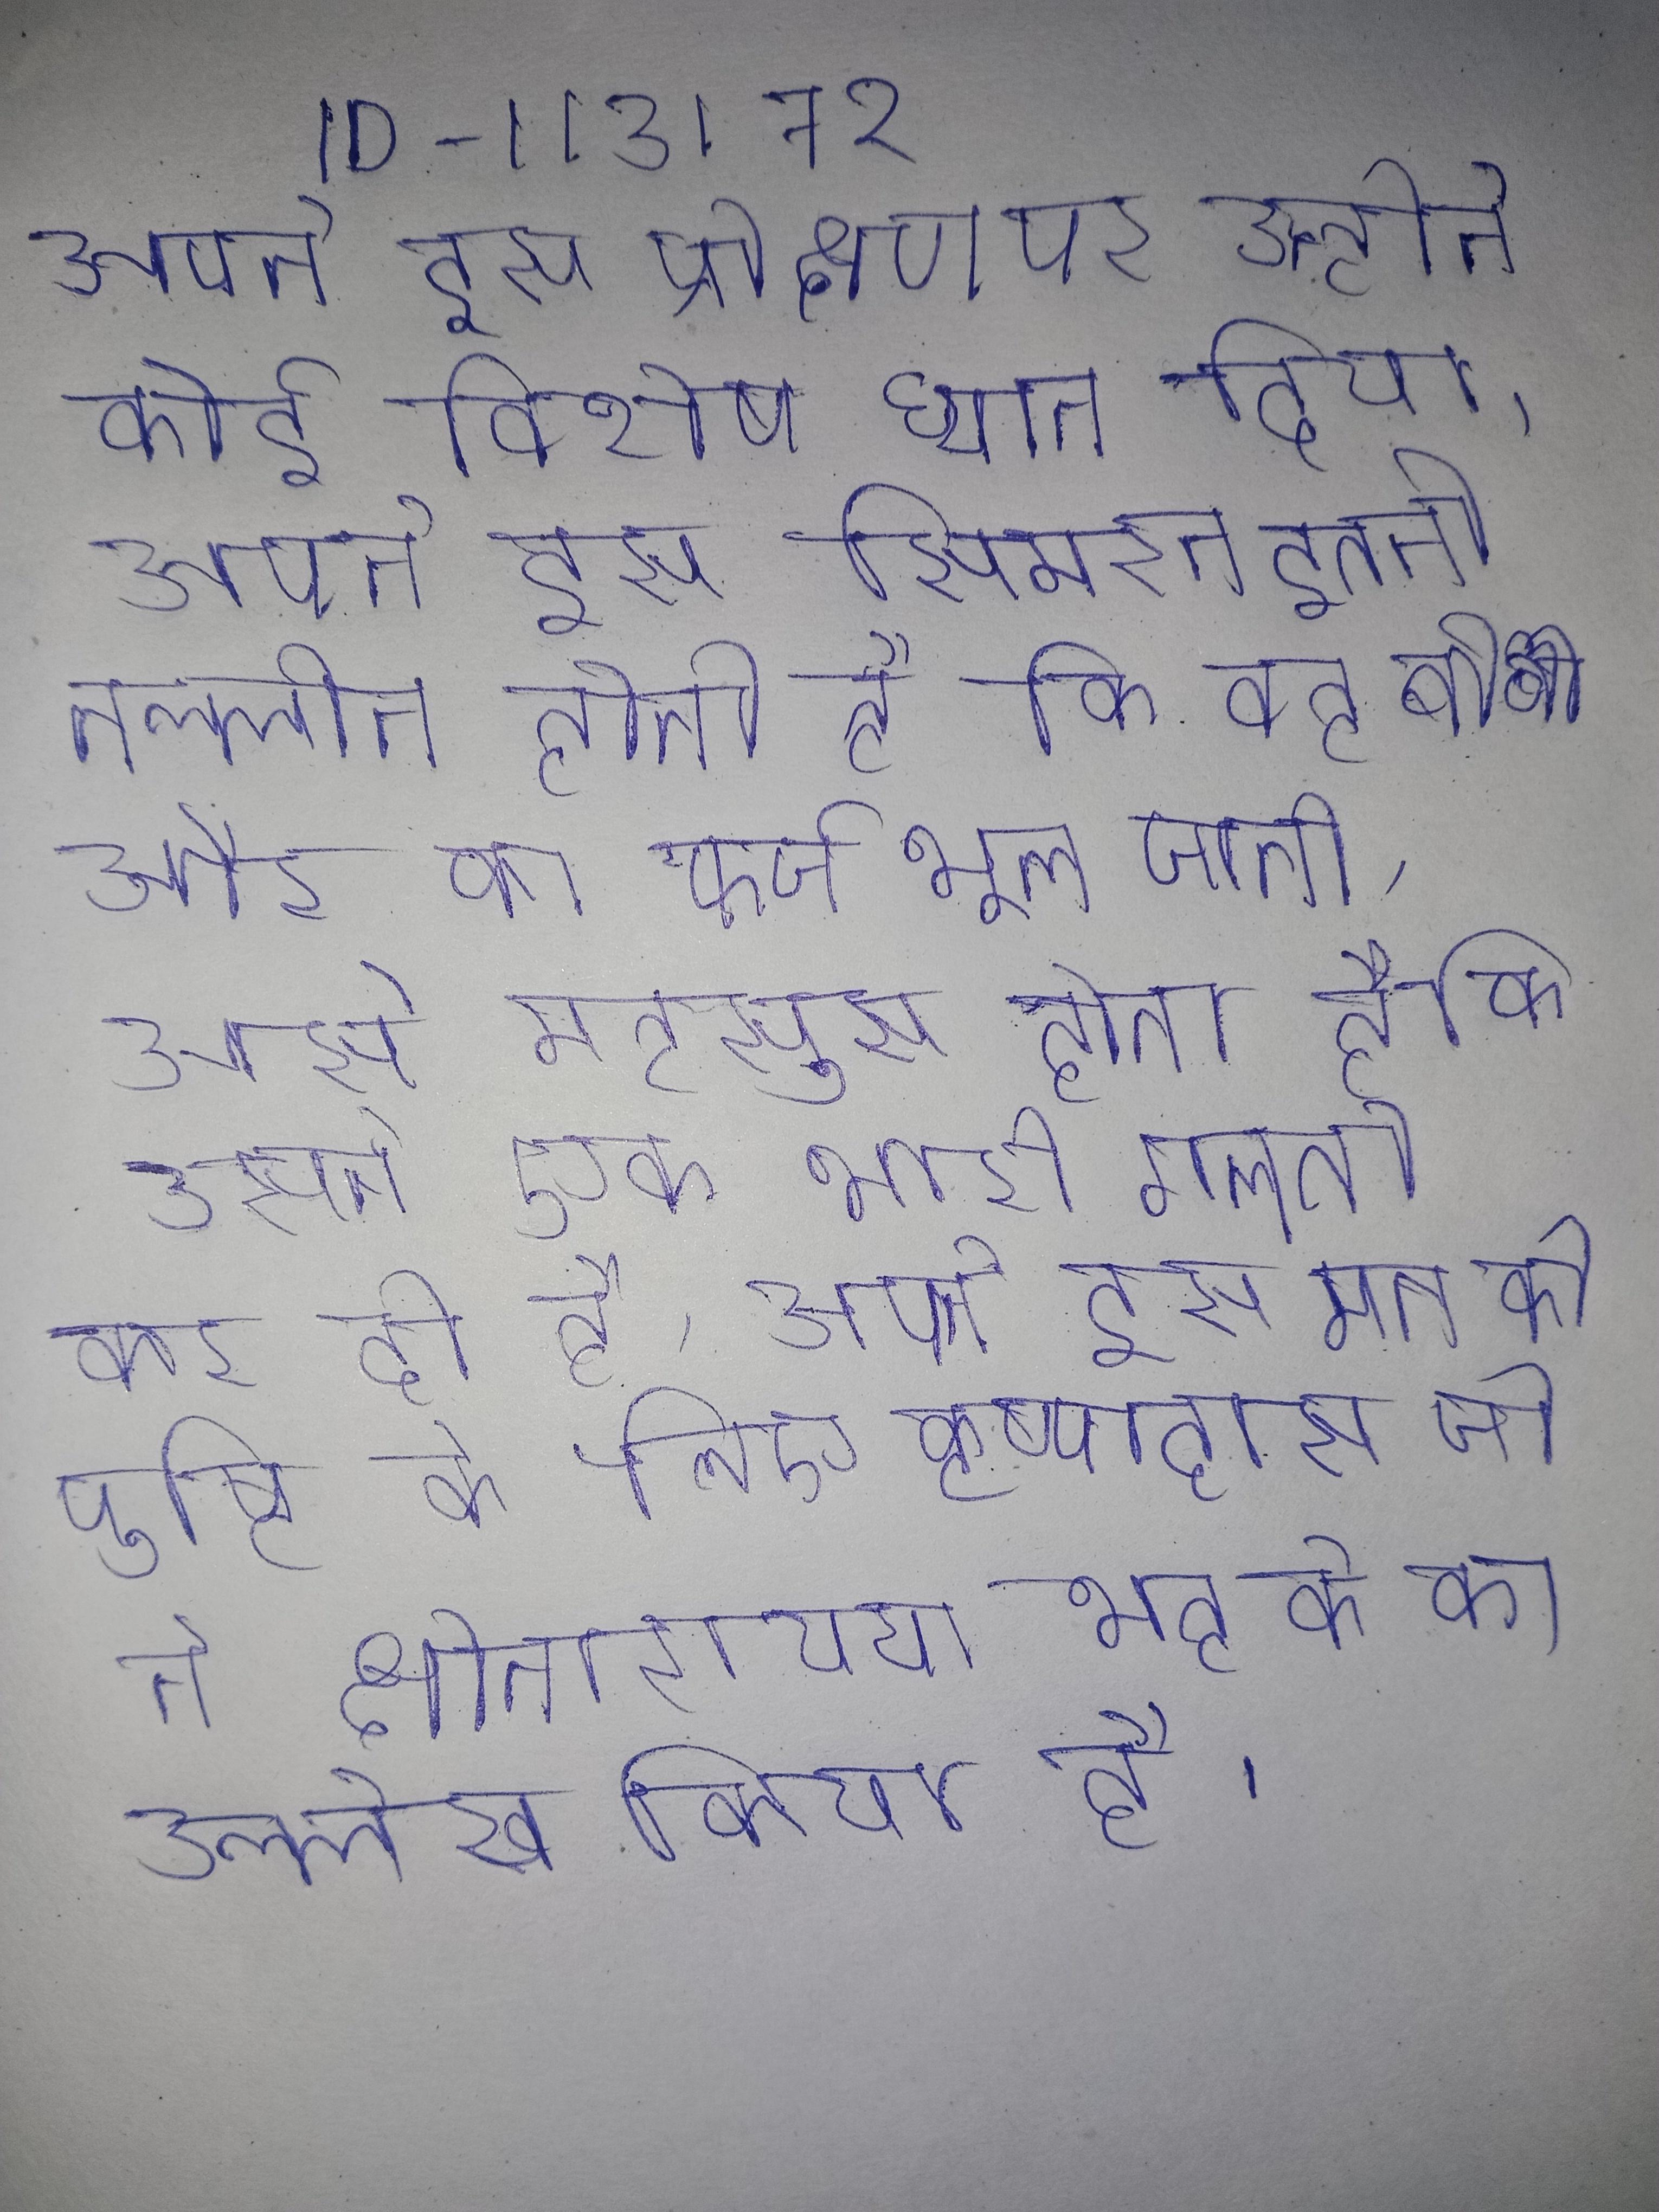
अपने इस प्रेक्षण पर उन्होने कोई विशेष ध्यान दिया । अपने इस सिमरन इतनी तल्लीन होती है कि वह बीवी और का फर्ज भूल जाती, उसे महसूस होता है कि उसने एक भारी गलती कर दी है । अपने इस मत की पुष्टि के लिए कृष्णदास जी ने श्रीनारायण भट्ट के का उल्लेख किया है ।